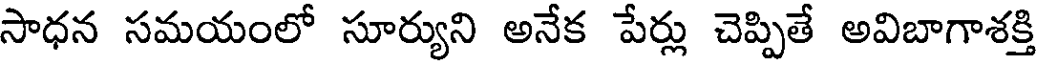
సాధన సమయంలో సూర్యుని అనేక పేర్లు చెప్పితే అవిబాగాశక్తి